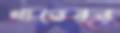
খাতেরও